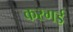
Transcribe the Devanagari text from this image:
करगई